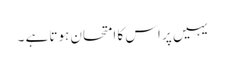
یہیں پر اس کا امتحان ہوتا ہے ۔